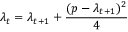
\lambda _ { t } = \lambda _ { t + 1 } + { \frac { ( p - \lambda _ { t + 1 } ) ^ { 2 } } { 4 } }